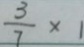
\frac { 3 } { 7 } \times 1